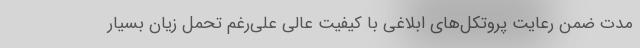
مدت ضمن رعایت پروتکل‌های ابلاغی با کیفیت عالی علی‌رغم تحمل زیان بسیار